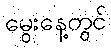
မွေးနေ့တွင်